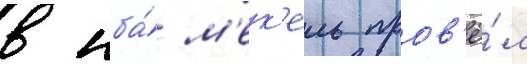
в нба́ м'ек'ель пров'ё́л